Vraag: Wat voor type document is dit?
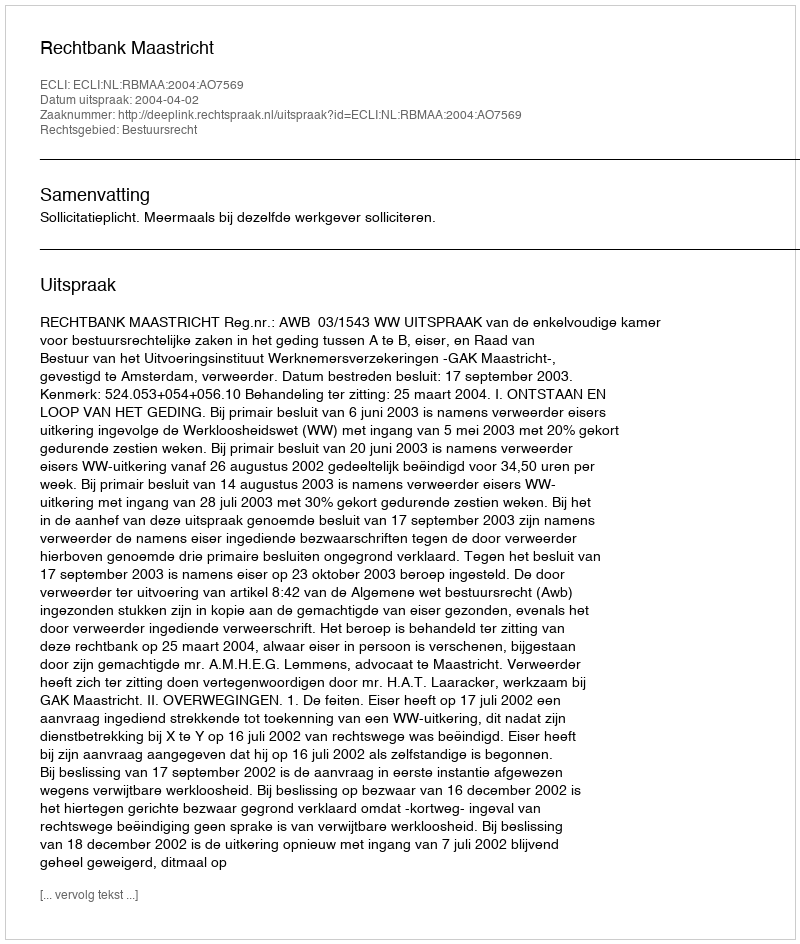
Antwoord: Uitspraak